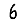
Digit: 6